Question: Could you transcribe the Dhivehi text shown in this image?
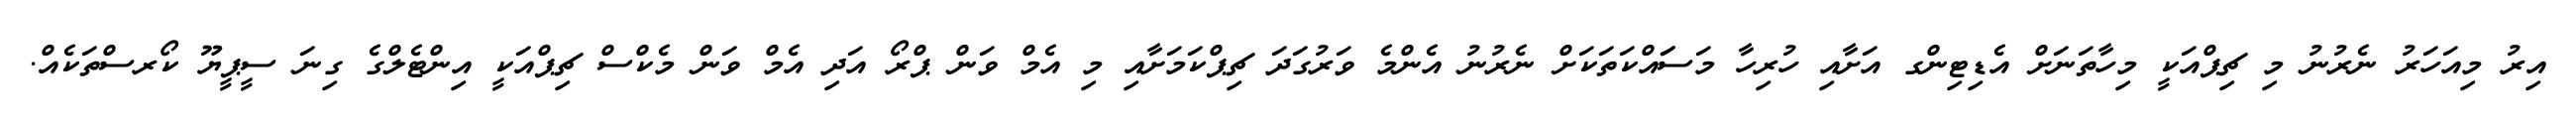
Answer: އިރު މިއަހަރު ނެރުނު މި ޗިޕްއަކީ މިހާތަނަށް އެޑިޓިންގ އަށާއި ހުރިހާ މަސަައްކަތަކަށް ނެރުނު އެންމެ ވަރުގަދަ ޗިޕްކަމަށާއި މި އެމް ވަން ޕްރޯ އަދި އެމް ވަން މެކްސް ޗިޕްއަކީ އިންޓެލްގެ ގިނަ ސީޕީޔޫ ކޯރސްތަކެއް.